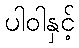
ပါဝါနှင့်